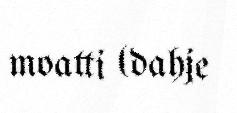
moatti (dahje